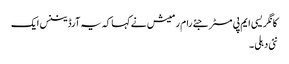
کانگریسی ایم پی مسٹر جئے رام رمیش نے کہا کہ یہ آرڈیننس ایک
نئی دہلی ۔